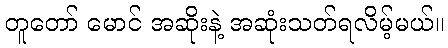
တူတော် မောင် အဆိုးနဲ့ အဆုံးသတ်ရလိမ့်မယ်။